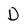
Character: D